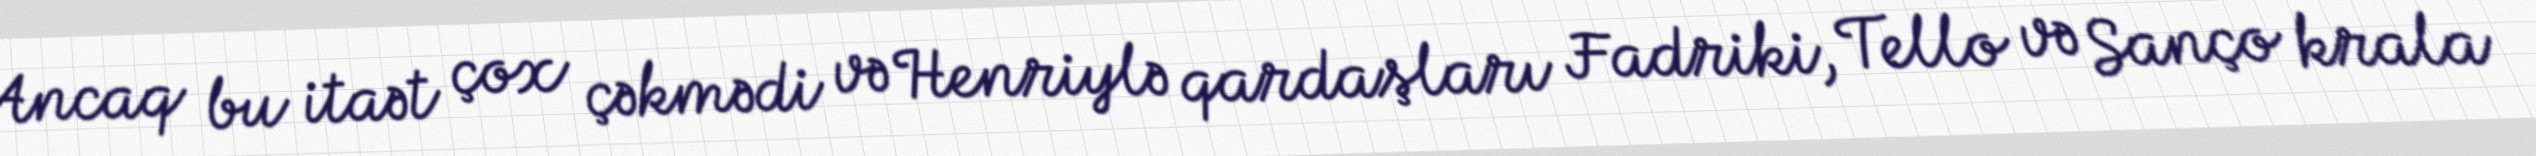
Ancaq bu itaət çox çəkmədi və Henriylə qardaşları Fadriki, Tello və Sanço krala